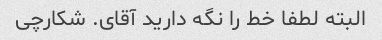
البته لطفا خط را نگه دارید آقای. شکارچی